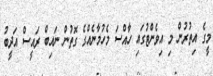
މީގެ އިތުރުން މި އިވެންޓުގައި ހާއްސަ މެހުމާނެއްގެ ގޮތުން ނައިބް ރައީސް އަދީބު